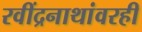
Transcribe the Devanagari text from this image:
रवींद्रनाथांवरही